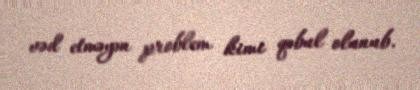
vəd etməyən problem kimi qəbul olunub.